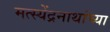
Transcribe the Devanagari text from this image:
मत्स्येंद्रनाथांच्या